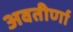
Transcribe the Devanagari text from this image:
अवतीर्णा